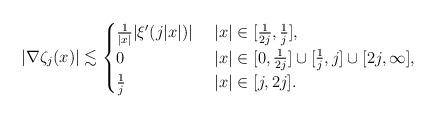
LaTeX: \begin{align*} |\nabla\zeta_{j}(x)|\lesssim\begin{cases}\frac{1}{|x|} |\xi'(j|x|)| & \ |x|\in [\frac{1}{2j},\frac{1}{j}], \\0 & \ |x|\in [0,\frac{1}{2j}]\cup [\frac{1}{j},j]\cup[2j,\infty], \\\frac{1}{j}& \ |x|\in [j,2j].\end{cases}\end{align*}